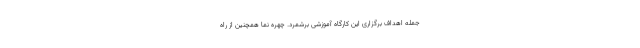
جمله اهداف برگزاری این کارگاه آموزشی برشمرد. چهره نما همچنین از راه